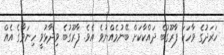
ހަރަދުގެ ވާހަކަ ފާރޫގުބެ ދައްކާކަށް ބޭނުމެއްނުވެ އެވެ. ފާރޫގުބެ ވިދާޅުވީ ހިނަވާގެ އެއް